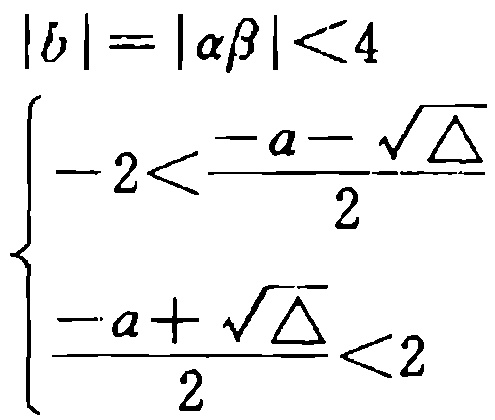
\[
\begin{align*}
|b|&=|\alpha\beta|<4\\
\left\{
\begin{array}{l}
-2<\frac{-a - \sqrt{\Delta}}{2}\\
\frac{-a+\sqrt{\Delta}}{2}<2
\end{array}
\right.
\end{align*}
\]